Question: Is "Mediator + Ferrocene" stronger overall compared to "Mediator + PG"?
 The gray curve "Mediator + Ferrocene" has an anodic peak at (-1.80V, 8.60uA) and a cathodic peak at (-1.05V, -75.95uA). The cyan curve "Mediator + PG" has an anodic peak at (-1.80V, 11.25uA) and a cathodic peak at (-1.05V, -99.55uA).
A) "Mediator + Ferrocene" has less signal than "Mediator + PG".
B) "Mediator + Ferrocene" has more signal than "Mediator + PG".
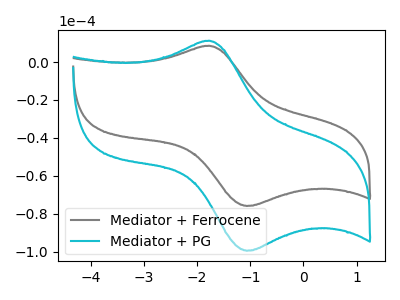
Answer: <think>All the peaks in "Mediator + Ferrocene" have a peak in "Mediator + PG" at the same potential. Every peak in "Mediator + Ferrocene" is lower than every peak in "Mediator + PG".
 </think>
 <answer>A) "Mediator + Ferrocene" has less signal than "Mediator + PG".</answer>
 <eval>A</eval>